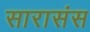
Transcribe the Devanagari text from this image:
सारासंस